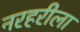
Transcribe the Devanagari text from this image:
नरहरीला